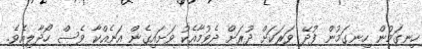
ހިނގަމުން ހިނގަމުން ފުދޭ ވަރަކަށް ދުރަށް ދެވުމާއެކު ވަށައިގެން އަނެއްކާ ވެސް ހޯދާލިއެވެ.